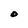
Character: O